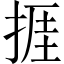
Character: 捱